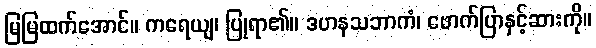
မြမြထက်အောင်။ ကရေယျ၊ ပြုရာ၏။ ဒဟနသဘာကံ၊ ဖောက်ပြာနှင့်ဆားကို။